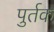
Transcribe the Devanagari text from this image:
पुर्तक